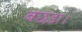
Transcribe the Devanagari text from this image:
बछडा।